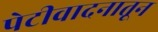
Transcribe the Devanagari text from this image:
पेटीवादनातून